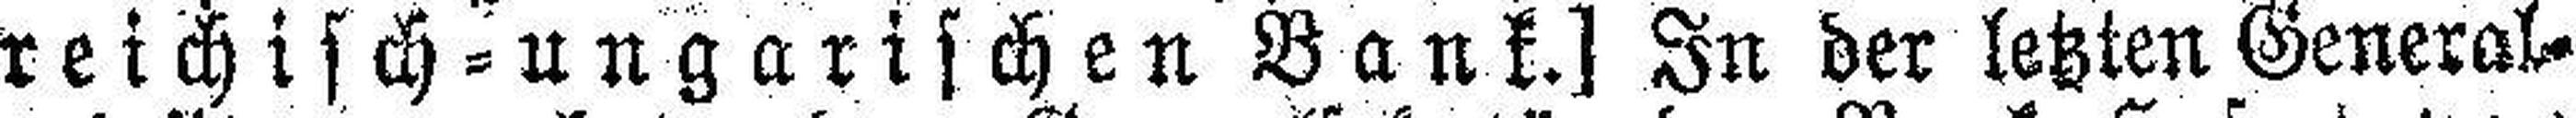
reichisch = ungarischen Bank.] In der letzten General¬